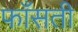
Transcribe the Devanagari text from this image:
फाँसती